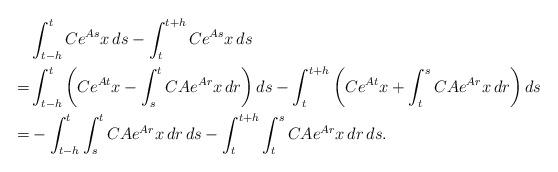
LaTeX: \begin{align*} &\int_{t-h}^t Ce^{As}x \, ds - \int_t^{t+h}Ce^{As}x \, ds \\= &\int_{t-h}^t \left( Ce^{At}x-\int_s^t CAe^{Ar}x \, dr \right)ds-\int_t^{t+h} \left(Ce^{At}x+\int_t^s CAe^{Ar}x \, dr \right)ds \\=&-\int_{t-h}^t \int_s^t CAe^{Ar}x \, dr \, ds - \int_t^{t+h} \int_t^s CAe^{Ar}x \, dr \, ds.\end{align*}